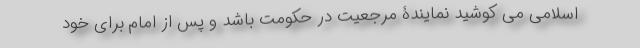
اسلامی می کوشید نمایندۀ مرجعیت در حکومت باشد و پس از امام برای خود